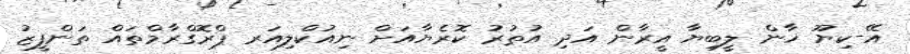
އޭ-ކިޔޫ ޚާން ލީބިޔާ އީރާން އަދި އުތުރު ކޮރެޔާއަށް ނިއުކްލިއަރ ޕްރޮގްރާމްތައް ތަންފީޒު